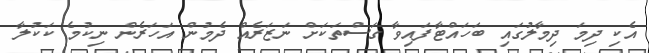
އެކި ދިމަ ދިމާލުގައި ބަހައްޓާފައިވާ ގަސްތަކަށް ނަޒަރެއް ދެމުން އަހަރެން ނިކުމެ ކަކުލާ